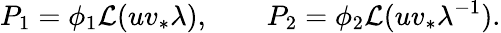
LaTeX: P_{1}=\phi_{1}{\cal L}(uv_{*}\lambda),\qquad P_{2}=\phi_{2}{\cal L}(uv_{*}\lambda^{-1}).